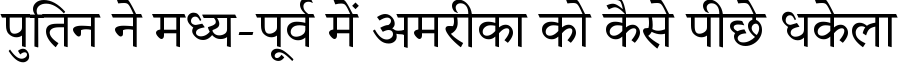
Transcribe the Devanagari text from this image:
पुतिन ने मध्य-पूर्व में अमरीका को कैसे पीछे धकेला